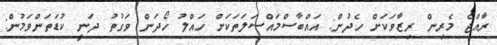
ރާއްޖެ މެރިން ރިޒާވަކަށް ހެދުން: އައްބާސްމައްސަލަތަކަށް ހައްލު ހޯދަން ވަގުތު ދަނީ ކުޑަތަންވަމުން: